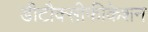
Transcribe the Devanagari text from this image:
डीटौक्सीफीकेशन